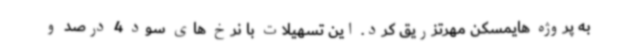
به پروژه هایمسکن مهرتزریق کرد. این تسهیلات با نرخ های سود 4 درصد و